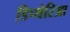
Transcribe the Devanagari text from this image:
डिप्थेरिआ